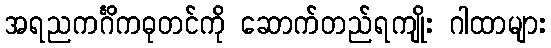
အရညကင်္ဂိကဓုတင်ကို ဆောက်တည်ရကျိုး ဂါထာများ